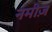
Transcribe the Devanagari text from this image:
नमीज़